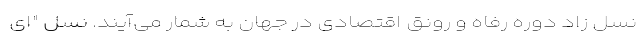
نسل زاد دوره رفاه و رونق اقتصادی در جهان به شمار می‌آیند. نسل "ای